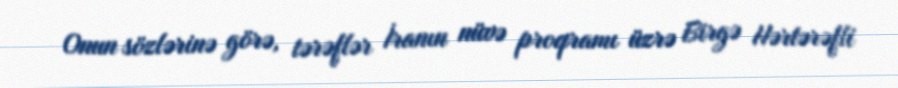
Onun sözlərinə görə, tərəflər İranın nüvə proqramı üzrə Birgə Hərtərəfli